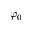
\varphi _ { 0 }